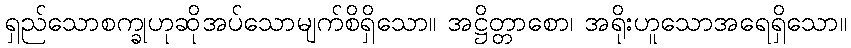
ရှည်သောစက္ခုဟုဆိုအပ်သောမျက်စိရှိသော။ အဋ္ဌိတ္တာစော၊ အရိုးဟူသောအရေရှိသော။